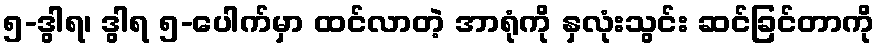
၅-ဒွါရ၊ ဒွါရ ၅-ပေါက်မှာ ထင်လာတဲ့ အာရုံကို နှလုံးသွင်း ဆင်ခြင်တာကို